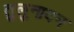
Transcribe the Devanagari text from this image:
तुलुनादन